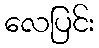
လေပြင်း